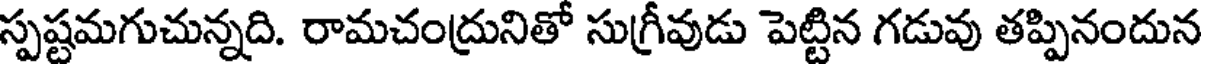
స్పష్టమగుచున్నది. రామచంద్రునితో సుగ్రీవుడు పెట్టిన గడువు తప్పినందున